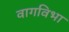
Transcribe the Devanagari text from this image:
वागविभा